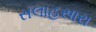
સલાહસારા